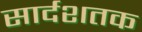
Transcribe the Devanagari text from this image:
सार्दशतक